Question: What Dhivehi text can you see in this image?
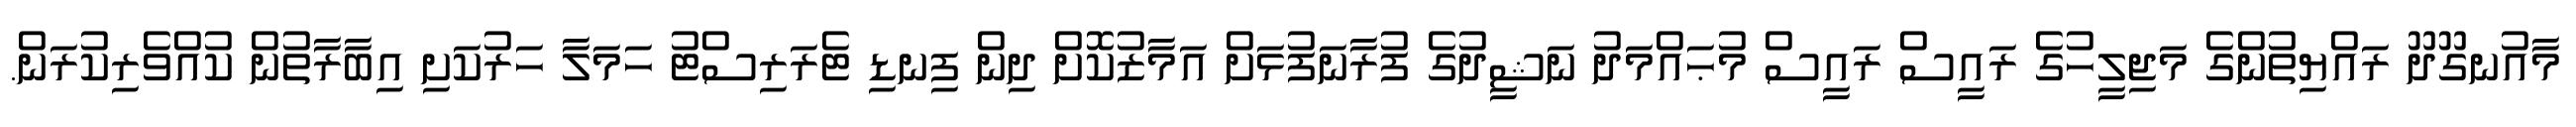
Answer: މާއުނގޫދޫ ރައްޔިތުންގެ މަޖިލީހުގެ ރައީސް ރައީސް މުޙައްމަދު ނަޝީދުގެ ފުރާނަފުޅަށް އަމާޒުކޮށް ދިން ފިނޑި ޓެރަރިސްޓު ހަމަލާ ހަރުކަށި އިބާރާތުން ކުއްވެރިކުރަން.